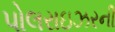
પોલરાઇઝરની